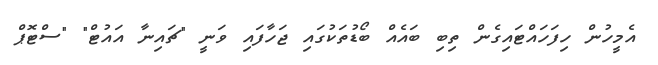
އެމީހުން ހިފަހައްޓައިގެން ތިބި ބައެއް ބޯޑުތަކުގައި ޖަހާފައި ވަނީ "ޗައިނާ އައުޓް" "ސްޓޮޕް